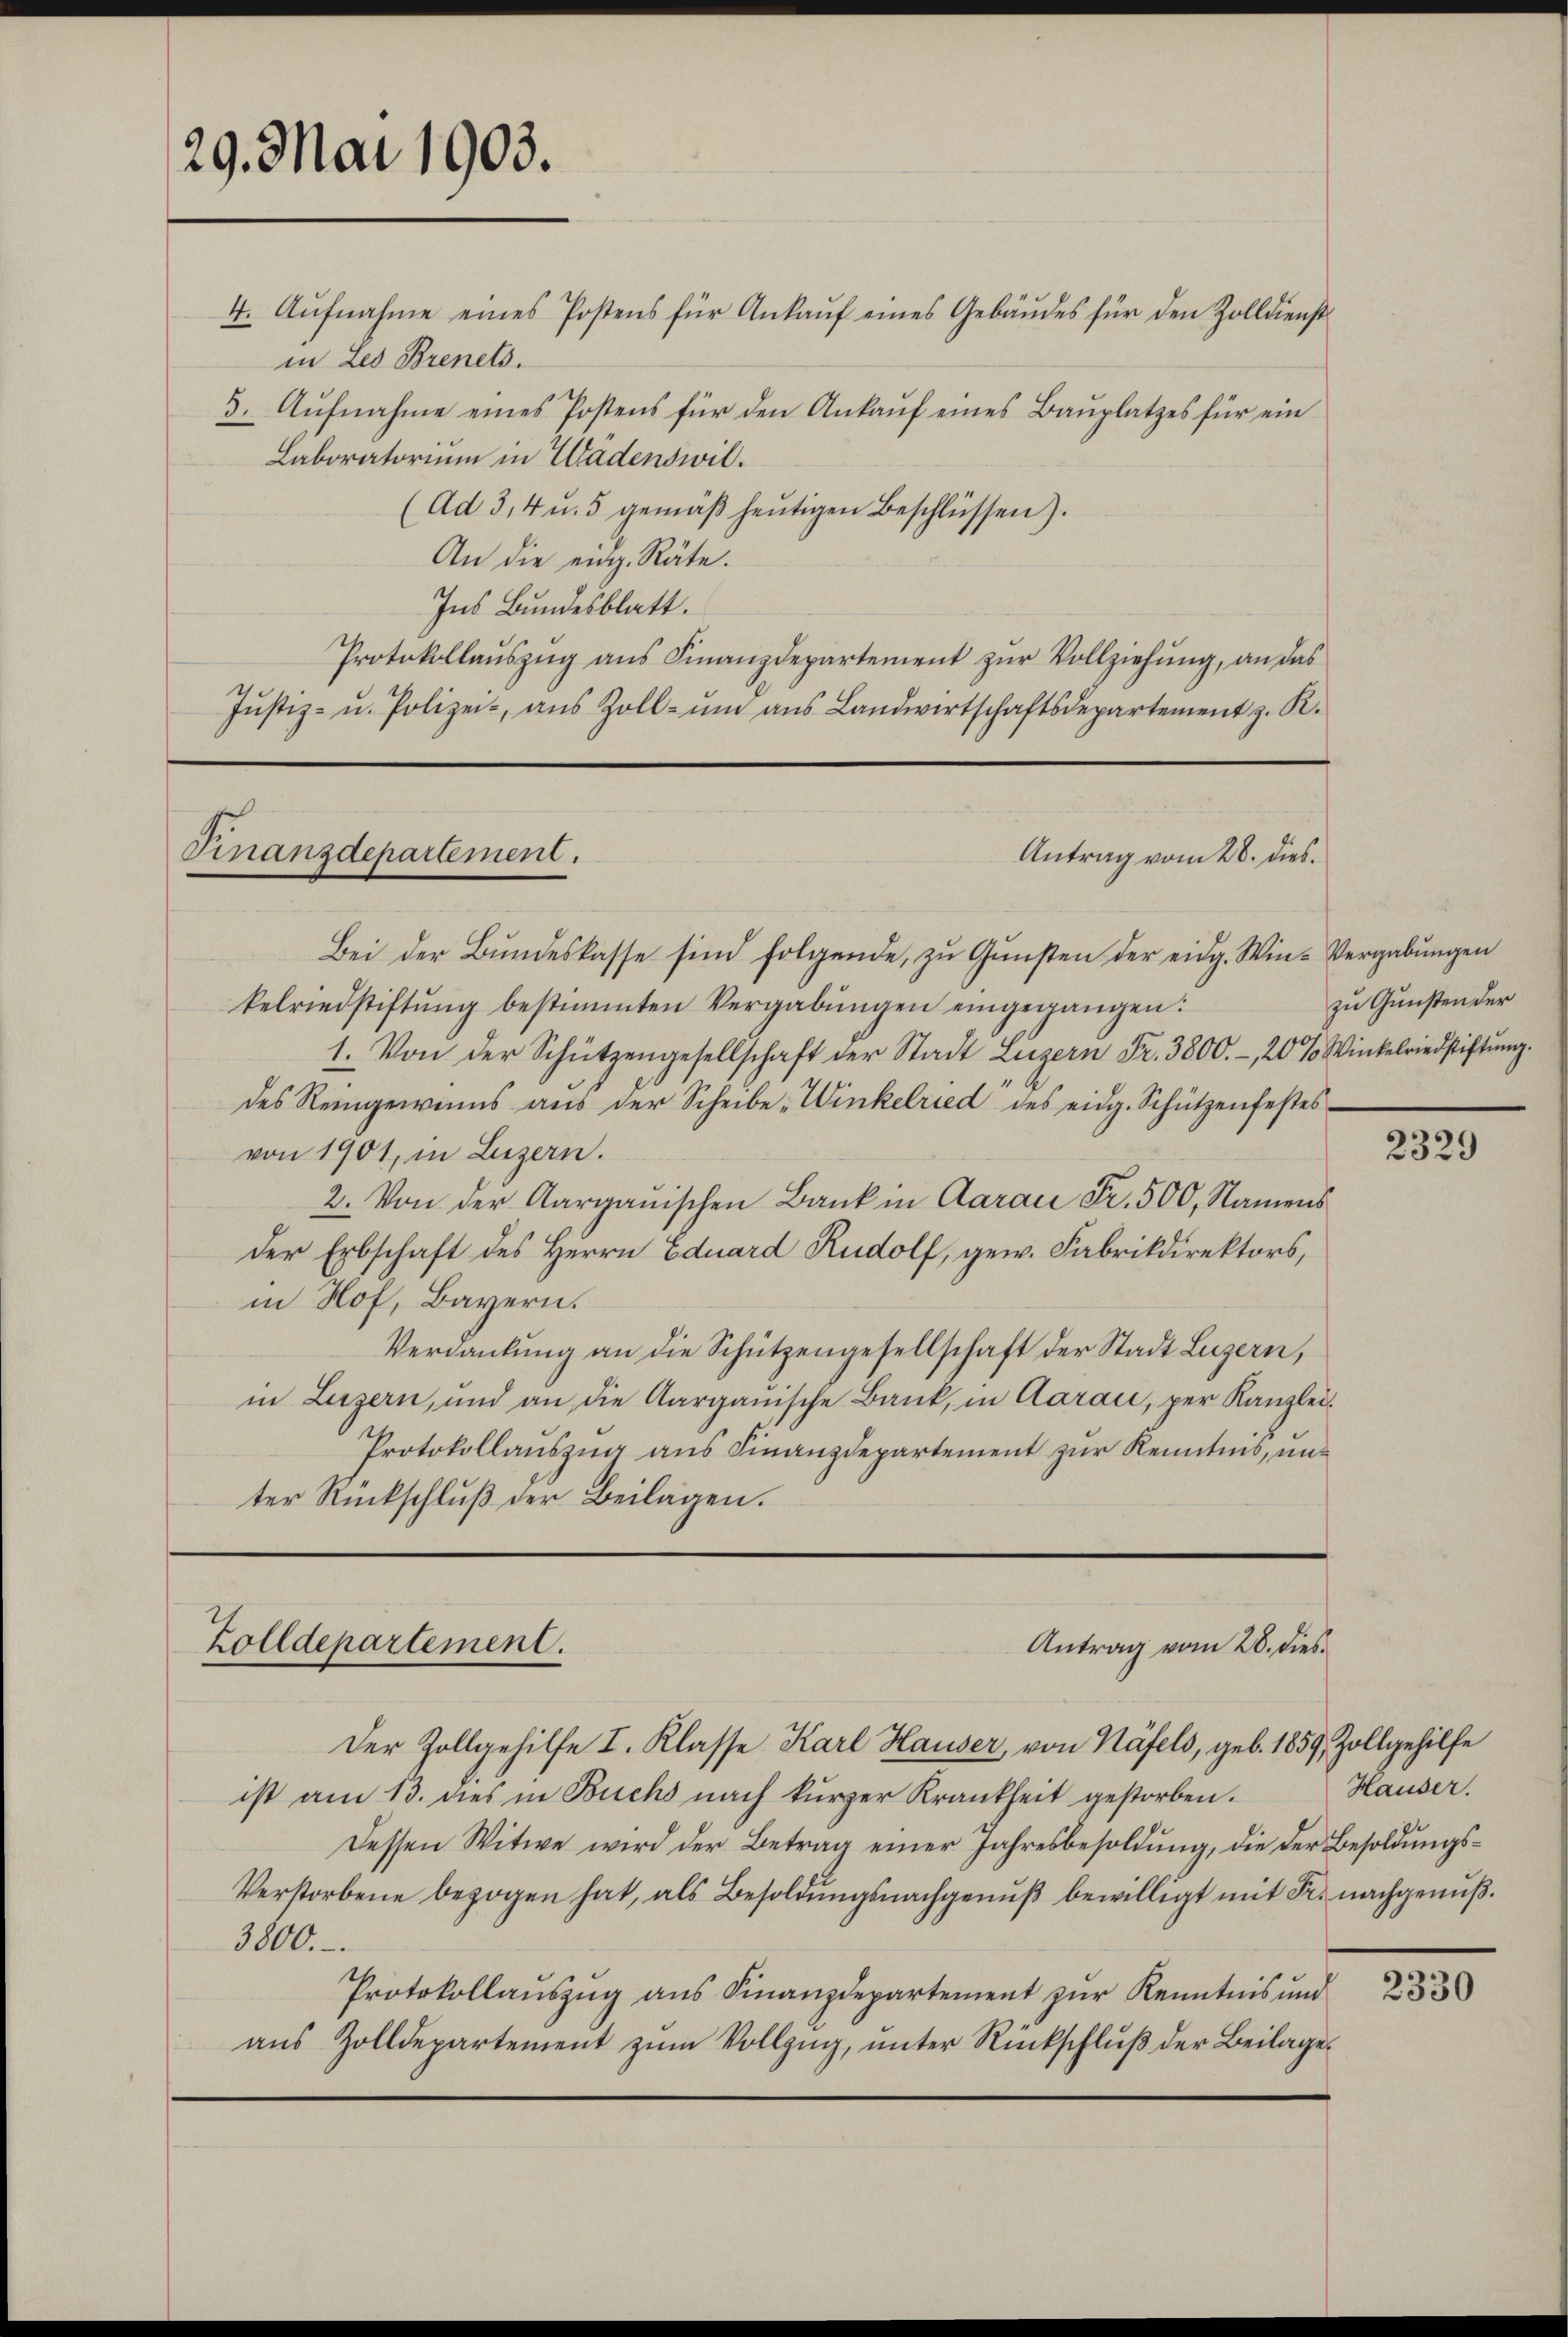
29. Mai 1903.

in Les Brenets.
3. Aufnahme eines Postens für den Ankauf eines Bauplatzes für ein
Laboratorium in Wädenswil¬
(Ad 34 u. 5 gemäβ heŭtigen Beschlüssen).
An die eidg. Räte.
Ins Bundesblatt.
Protokollaŭszŭg ans Finanzdepartement zŭr Vollziehŭng, an das
Jŭstiz- u. Polizei-, aus Zoll- ŭm aŭs Landwirtschaftsdepartement z. R.

Finanzdepartement.

Bei der Bŭndeskasse sind folgende, zŭ Gŭnsten der eidg. Win-Vergabungen
kelriedstiftŭng bestimmten Vergabŭngen eingegangen:
1. Von der Schützengesellschaft der Stadt Luzern Fr. 3800.-, 20 % Winkelriedstiftŭng.
des Reingewinns aus der Scheibe „Winkelried des eidg. Schützenfestes-
von 1901, in Luzern.
2. Von der Aargauischen Bank in Aarau Fr. 500, Namens
der Erbschaft des Herrn Eduard Rudolf, gew. Fabrikdirektors,
in Hof, Bayern.
Verdankung an die Schützengesellschaft der Stadt Luzern,
in Luzern, und an die Aargauische Bank, in Aaraić, per Kanzlei¬
Protokollauszug aus Finanzdepartement zur Kenntnis, unter Rückschluß der Beilagen.

4. Aŭfnahme eines Postens für Ankaŭf eines Gebäŭdes für den Zolldienst

Antrag vom 28. dies

Zolldepartement.
Antrag vom 28. dies

Der Zollgehilfe I. Klasse Karl Hauser, von Näfels, geb. 1859, Zollgehilfe
ist am 13. dies in Buchs nach kurzer Krankheit gestorben.
Dessen Witwe wird der Betrag einer Jahresbesoldŭng, die der Besoldŭngs-
Verstorbene bezogen hat, als Besoldŭngsnachgenuß bewilligt mit Fr. nachgenuß¬
3000.
Protokollaŭszŭg aŭs Finanzdepartement zŭr Kenntnis und
aus Zolldepartement zŭm Vollzug, unter Rückschluß der Beilage¬

zu Gunsten der

2329

Hauser.

2330